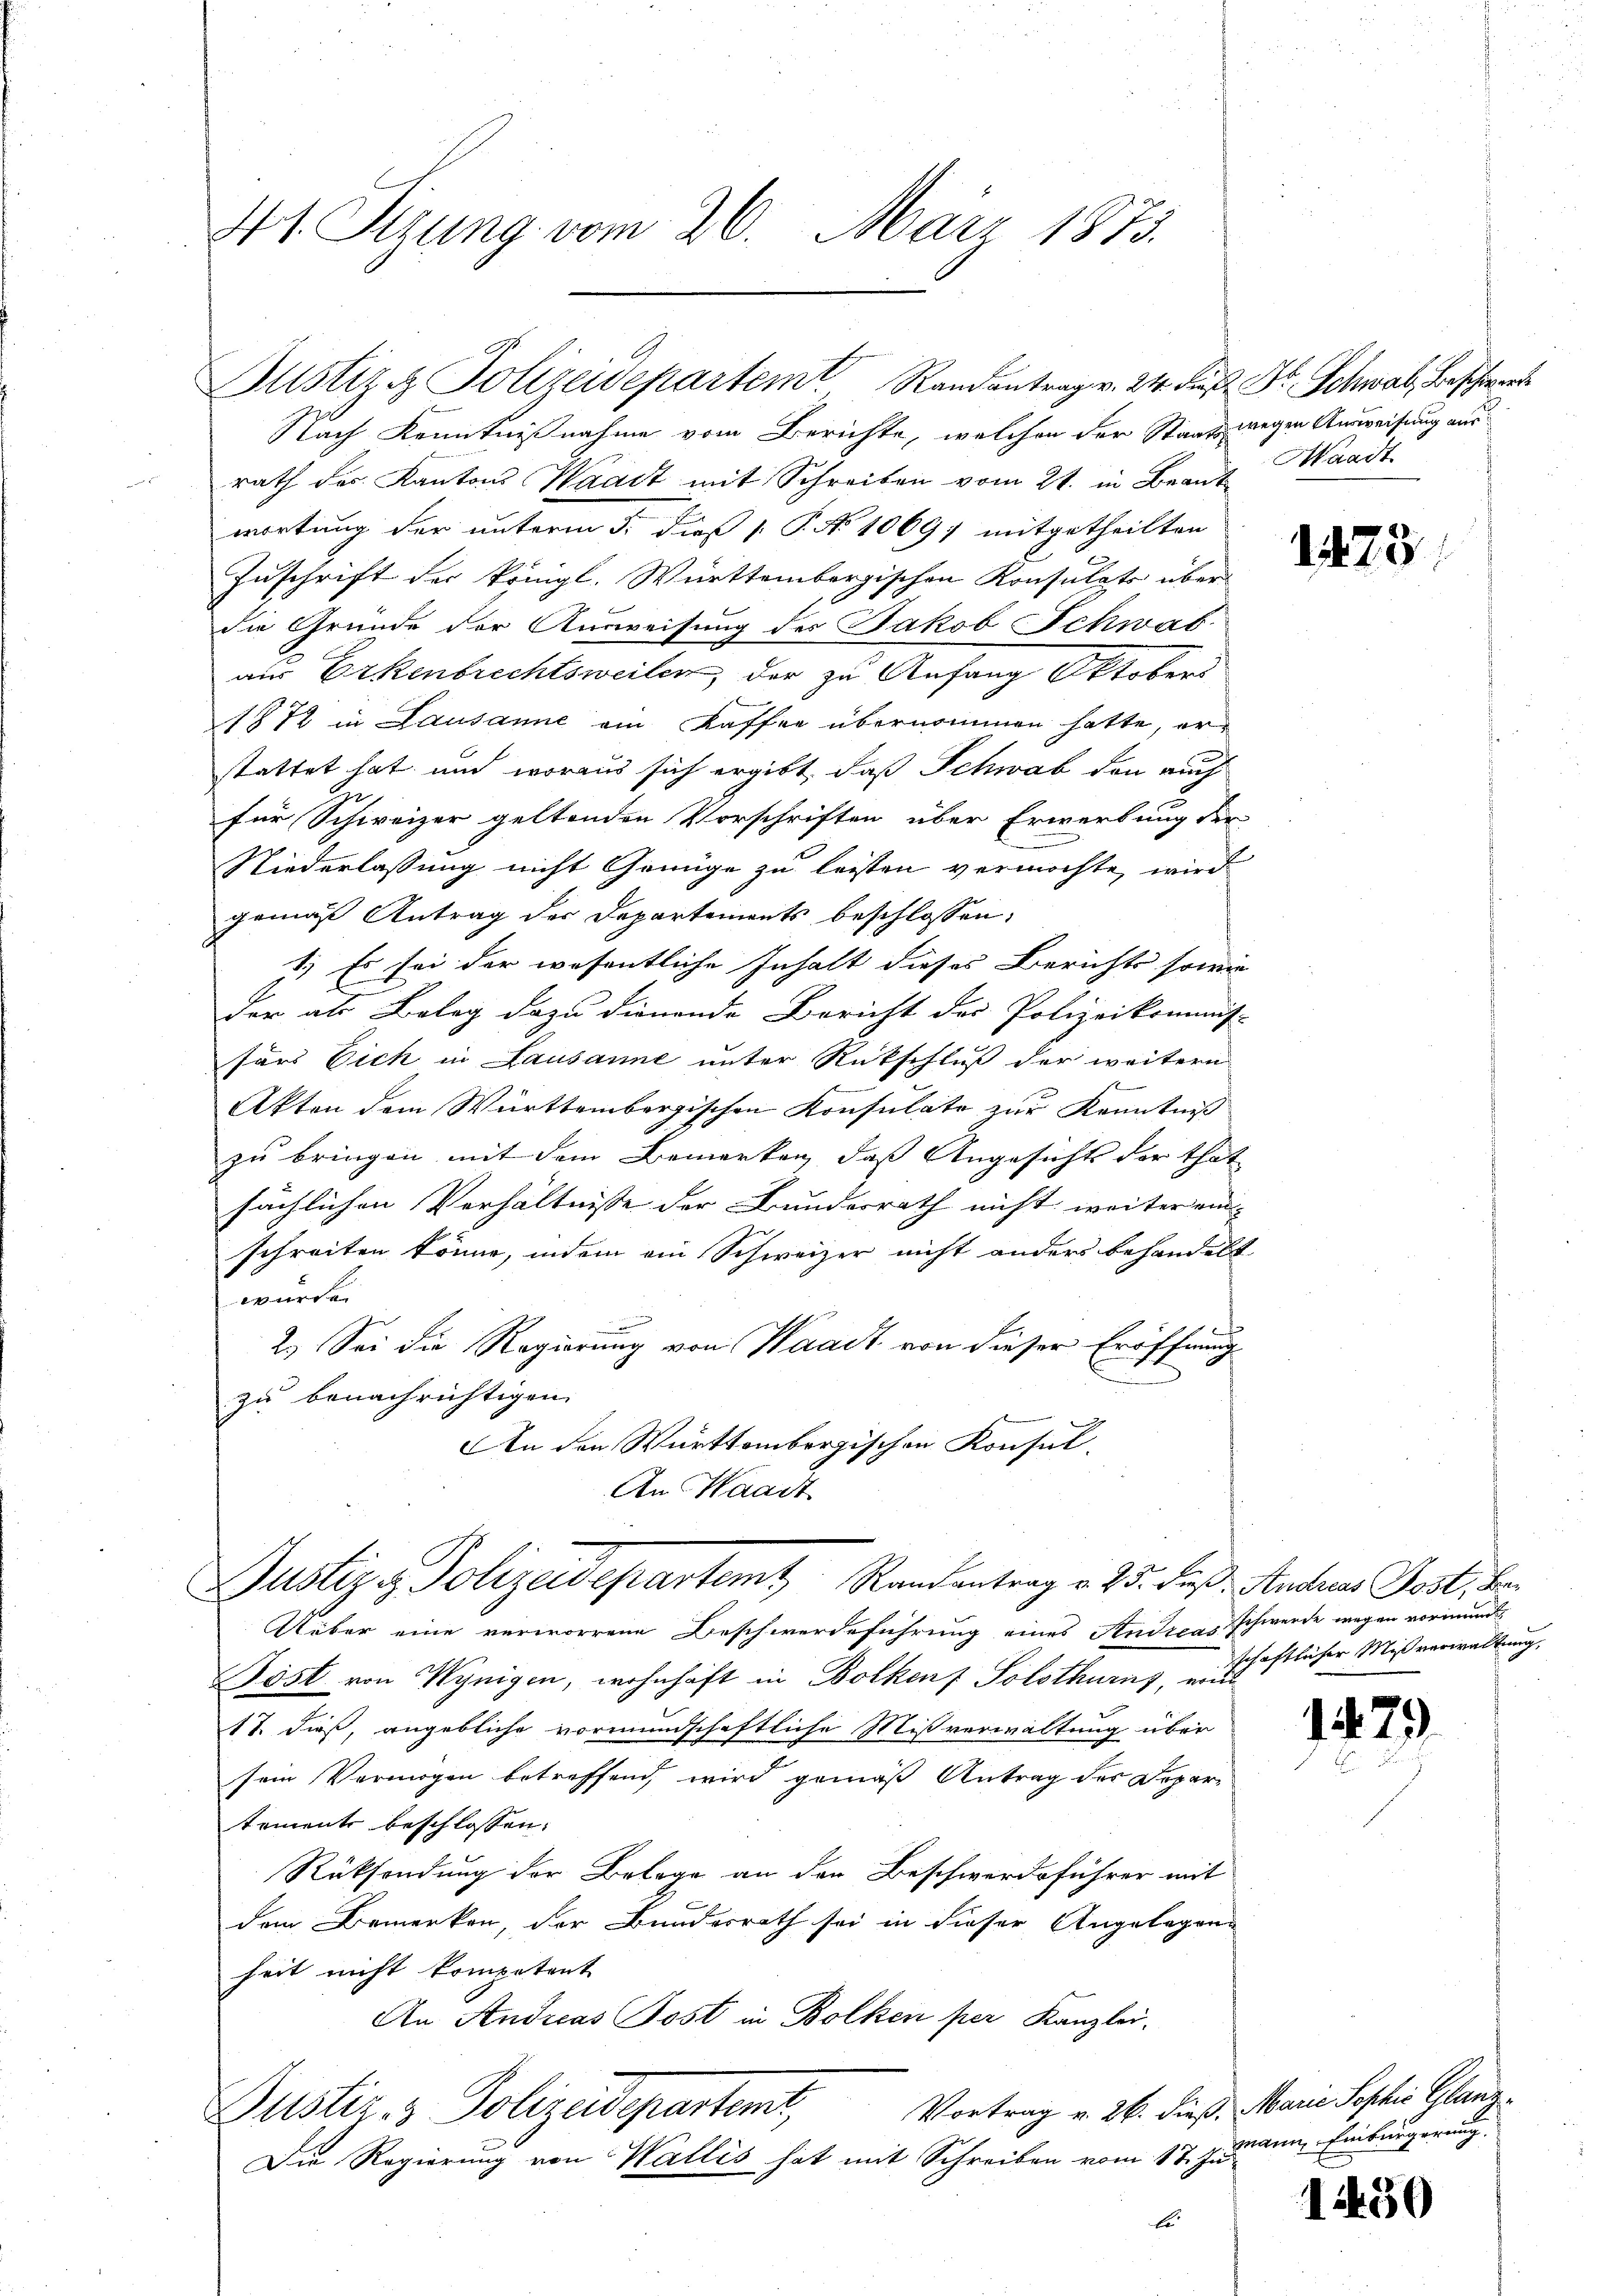
41 Sizung vom 26. März 1873.

Justiz. Polizeidepartem Randantrag v. 24. Fr. Dr. Schwal, Beschwerd

Nach Kenntnißnahme vom Berichte, welchen der Staatswegen Ausweisung aus
rath des Kantons Waadt mit Schreiben vom 21. in Beantwortung der unterm 5. dieß P. P. No 1069) mitgetheilten
Zuschrift der königl. Württembergischen Konsulato über
die Grunde der Ausweisung der Jakob Schwab-
aus Erkenbrechtsweilen, der zu Anfang Oktobers
1872 in Lausanne ein Kaffee übernommen hatte, er
stattet hat und woraus sich ergibt, daß Schwab den auch
für Schweizer geltenden Vorschriften über Erwerbung der
Niederlassung nicht Genüge zu leisten vermöchte, wird
gemäß Antrag der Departements beschlossen:
1.) Es sei der wesentliche Inhalt dieses Berichts sowie
der als Belag dazu dienende Bericht des Polizeikommis-
fürs Eich in Lausanne unter Rückschluß der weitern
Akten dem Württembergischen Konsulate zur Kenntniß
zu bringen mit dem Bemerken, daß Angesichts der that
sächlichen Verhältnisse der Bundesrath nicht weiterein- |
schreiten könne, indem ein Schweizer nicht anders behandelt
wurde.
2.) Sei die Regierung von Waadt von dieser Eröffnung
zu benachrichtigen.
An den Württembergischen Konsul
An Waadt

Justiz & Polizeidepartemt Randantrag v. 25. Fuß. Anderer Post, be¬

Uüber eine verworrene Beschwerdeführung eines Andreas Schwerde wegen vormund
Göst von Wynigen, wohnhaft in Bolken Solothurns, eine
17. dieß, angebliche vormundschaftliche Mißverwaltung über
sein Vermögen betreffend, wird gemäß Antrag des Departements beschlossen:
Rüksendung der Belage an den Beschwerdeführer mit
dem Bemerken, der Bundesrath sei in dieser Angelegenheit nicht kompetent
An Andreas Post in Bolken per Kanzlei.
Justiz- & Polizeidepartet, Vortrag v. 26. dieß Marie Kosten Glanz¬
Die Regierung von Wallis hat mit Schreiben vom 17. Ju¬

Waadt

1223

schaftlicher Mißverwaltung,

1479

mann, Einbürgerung

1450